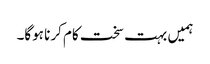
ہمیں بہت سخت کام کرنا ہوگا۔